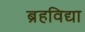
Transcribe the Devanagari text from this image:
ब्रहविद्या